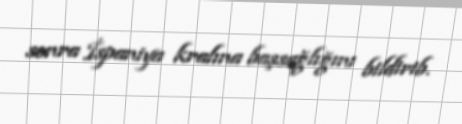
sonra İspaniya kralına başsağlığını bildirib.